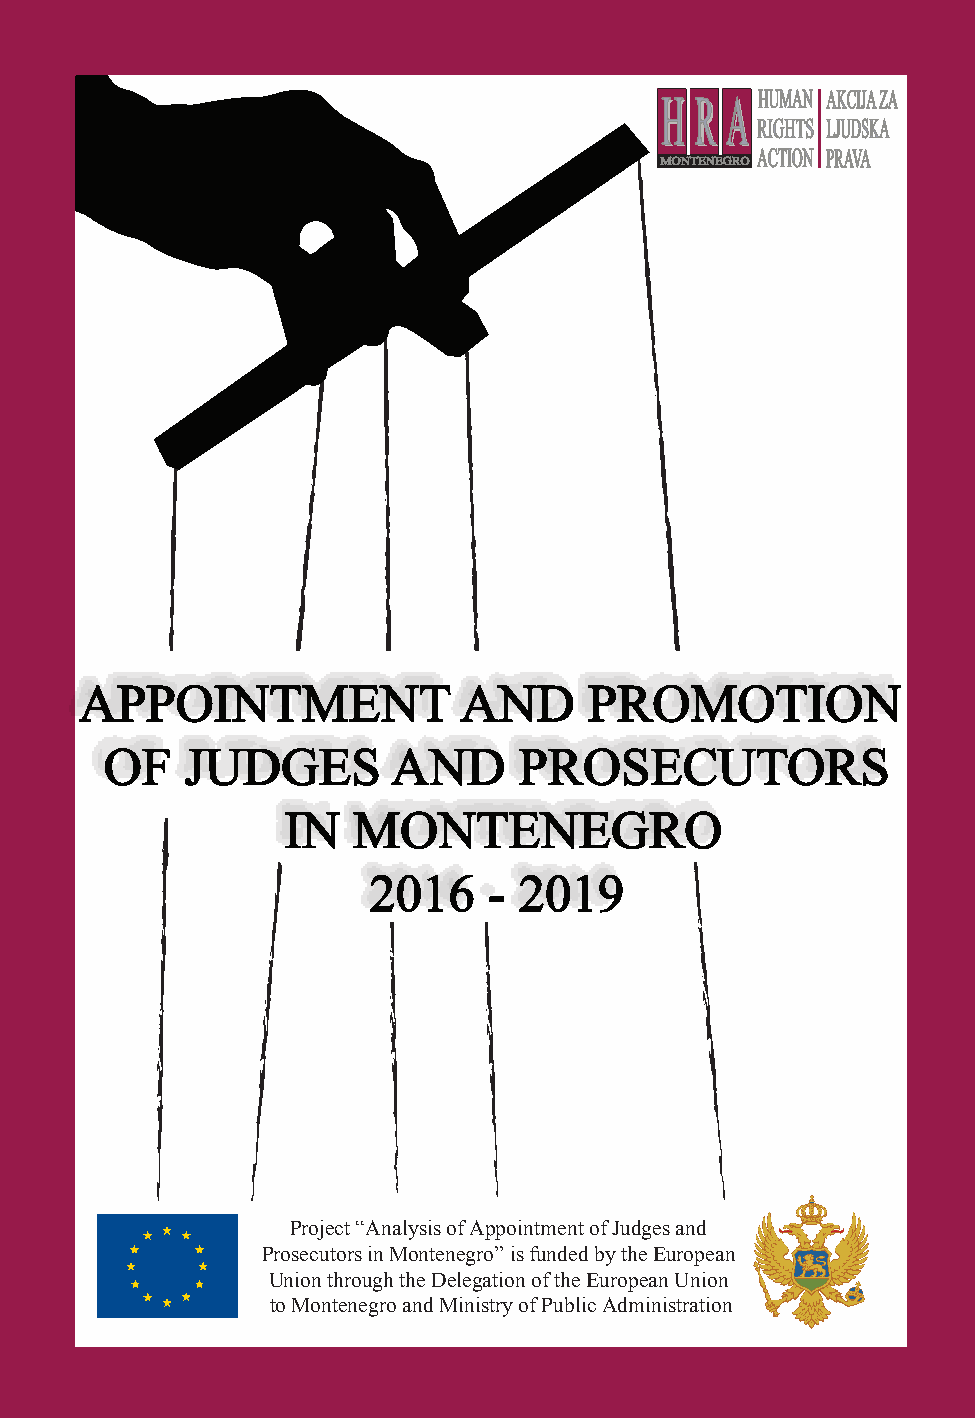
evarpu envaj ovtsratsiniM i iroG jonrC u ejinu eksporvE
 ejicageleD movtsdersop ajinu aksporvE us ilažrdop
 ”iroG jonrC u acaližut i ajidus arobzi azilanA„ takejorP
 9102 - 6102
 IROG JONRC U
 ACALIŽUT HINVAŽRD I AJIDUS APPOINTMENT AND PROMOTION
 EJNAVODERPAN I ROBZI OF JUDGES AND PROSECUTORS
 IN  MONTENEGRO
 2016    - 2019
 Project “Analysis of Appointment of Judges and
 Prosecutors in Montenegro” is funded by the European
 Union through the Delegation of the European Union
 to Montenegro and Ministry of Public Administration